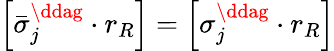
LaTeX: \left[\bar{\sigma}_{j}^{\ddag}\cdot r_{R}\right]=\left[\sigma_{j}^{\ddag}\cdot r_{R}\right]